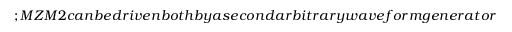
; M Z M 2 c a n b e d r i v e n b o t h b y a s e c o n d a r b i t r a r y w a v e f o r m g e n e r a t o r ( A W G 2 ) o r b y t h e o u t p u t o f a p h o t o d i o d e ( P D 2 ) , a s d e s c r i b e d b e l o w . T h e t w o m o d u l a t e d s i g n a l s a r e m e r g e d t o g e t h e r i n a 5 0 / 5 0 f i b e r c o u p l e r ( C 1 ) a n d t h e n i n j e c t e d i n t o a n E r b i u m - d o p e d - f i b e r a m p l i f i e r ( E D F A 1 ) . E D F A 1 r a i s e s t h e t o t a l p o w e r t o